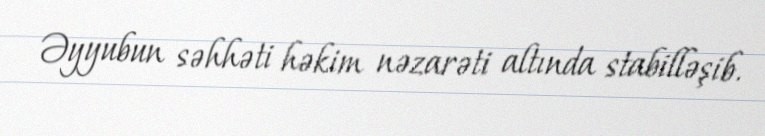
Əyyubun səhhəti həkim nəzarəti altında stabilləşib.